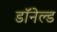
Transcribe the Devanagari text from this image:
डॉनेल्ड